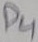
Text: D4